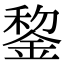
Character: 錅